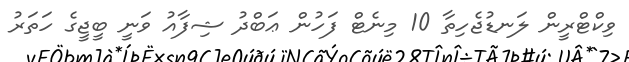
ވިކްޓްރީން ލަނޑުޖެހިތާ 10 މިނެޓް ފަހުން ޢަބްދު ޝިފާއު ވަނީ ބީޖީގެ ހަތަރު